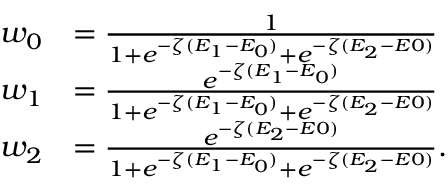
\begin{array} { r l } { w _ { 0 } } & { = \frac { 1 } { 1 + e ^ { - \zeta ( E _ { 1 } - E _ { 0 } ) } + e ^ { - \zeta ( E _ { 2 } - E 0 ) } } } \\ { w _ { 1 } } & { = \frac { e ^ { - \zeta ( E _ { 1 } - E _ { 0 } ) } } { 1 + e ^ { - \zeta ( E _ { 1 } - E _ { 0 } ) } + e ^ { - \zeta ( E _ { 2 } - E 0 ) } } } \\ { w _ { 2 } } & { = \frac { e ^ { - \zeta ( E _ { 2 } - E 0 ) } } { 1 + e ^ { - \zeta ( E _ { 1 } - E _ { 0 } ) } + e ^ { - \zeta ( E _ { 2 } - E 0 ) } } . } \end{array}